Vaccination Hyderabad 1872-1889 - 1872-1889
Year: 1872
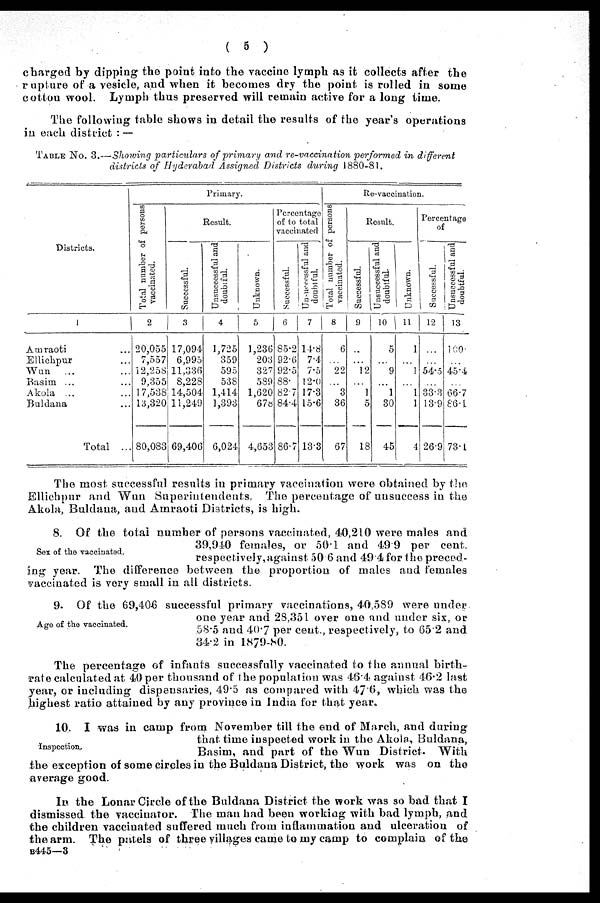
( 5 )
charged by dipping the point into the vaccine lymph as it collects after the
rupture of a vesicle, and when it becomes dry the point is rolled in some
cotton wool. Lymph thus preserved will remain active for a long time.
The following table shows in detail the results of the year's operations
in each district : —
TABLE No. 3.—Showing particulars of primary and re-vaccination performed in different
districts of Hyderabad Assigned Districts during 1880-81.
Districts.
1
Amraoti ...
Ellichpur ...
Wun
... ...
Basim ... ...
Akola ... ...
Buldana ...
Total ...
Primary.
Total number of persons
vaccinated.
2
20,055
7,557
12,258
9,355
17,538
13,320
80,083
Result.
Successful.
3
17,094
6,995
11,336
8,228
14,504
11,249
69,406
Unsuccessful and
doubtful.
4
1,725
359
595
538
1,414
1,393
6,024
Unknown.
5
1,236
203
327
589
1,620
678
4,653
Percentage
of to total
vaccinated
Successful.
6
85.2
92.6
92.5
88.
82.7
84.4
86.7
Unsuccessful and
doubtful.
7
14.8
7.4
7.5
12.0
17.3
15.6
13.3
Re-vaccination.
Total number of persons
vaccinated.
8
6
...
22
...
3
36
67
Result.
Successful.
9
...
...
12
...
1
5
18
Unsuccessful and
doubtful.
10
5
...
9
...
1
30
45
Unknown.
11
1
...
1
...
1
1
4
Percentage
of
Successful.
12
...
...
54.5
...
33.3
13.9
26.9
Unsuccessful and
doubtful.
13
100.
...
45.4
...
66.7
86.1
73.1
The most successful results in primary vaccination were obtained by the
Ellichpur and Wun Superintendents. The percentage of unsuccess in the
Akola, Buldana, and Amraoti Districts, is high.
Sex of the vaccinated.
8. Of the total number of persons vaccinated, 40,210 were males and
39,940 females, or 50.1 and 49.9 per cent.
respectively,against 50.6 and 49.4 for the preced¬
ing year. The difference between the proportion of males and females
vaccinated is very small in all districts.
Age of the vaccinated.
9. Of the 69,406 successful primary vaccinations, 40,589 were under
one year and 28,351 over one and under six, or
58.5 and 40.7 per cent., respectively, to 65.2 and
34.2 in 1879-80.
The percentage of infants successfully vaccinated to the annual birth¬
rate calculated at 40 per thousand of the population was 46.4 against 46.2 last
year, or including dispensaries, 49.5 as compared with 47.6, which was the
highest ratio attained by any province in India for that year.
Inspection.
10. I was in camp from November till the end of March, and during
that time inspected work in the Akola, Buldana,
Basim, and part of the Wun District. With
the exception of some circles in the Buldana District, the work was on the
average good.
In the Lonar Circle of the Buldana District the work was so bad that I
dismissed the vaccinator. The man had been working with bad lymph, and
the children vaccinated suffered much from inflammation and ulceration of
the arm. The patels of three villages came to my camp to complain of the
B445—3